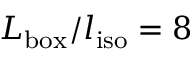
L _ { \mathrm { b o x } } / l _ { \mathrm { i s o } } = 8